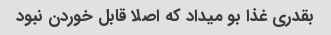
بقدری غذا بو میداد که اصلا قابل خوردن نبود